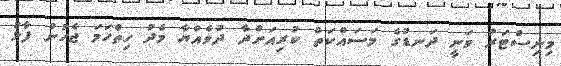
މިނިސްޓަރު ވަނީ ދަނޑުގެ މަސައްކަތް ކުރިއަށްދާ ދުވެއްޔާ މެދު ހިތްހަމަ ޖެހުން ފާޅު